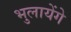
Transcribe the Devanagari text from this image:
भुलायेंगे